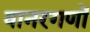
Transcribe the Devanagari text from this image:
वानरगणों